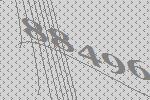
88496